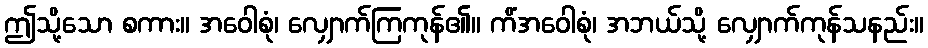
ဤသို့သော စကား။ အဝေါစုံ၊ လျှောက်ကြကုန်၏။ ကိံအဝေါစုံ၊ အဘယ်သို့ လျှောက်ကုန်သနည်း။